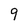
Character: 9